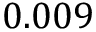
0 . 0 0 9